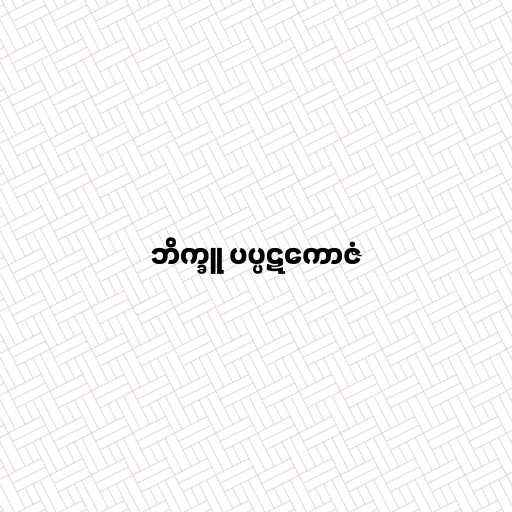
ဘိက္ခူ ပပ္ပဋကောဇံ